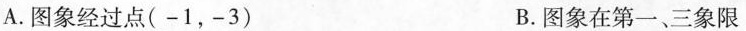
A.图象经过点(-1，-3) B.图象在第一、三象限